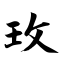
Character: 玫